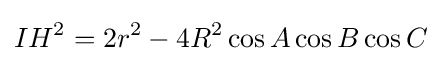
IH^{2}=2r^{2}-4R^{2}\cos A\cos B\cos C